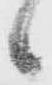
候